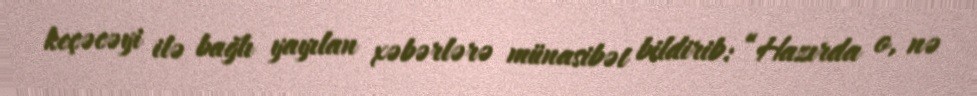
keçəcəyi ilə bağlı yayılan xəbərlərə münasibət bildirib: “Hazırda o, nə